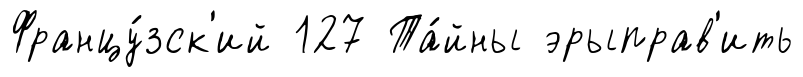
Францу́зск'ий 127 Та́йны эрыправ'ить